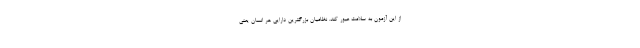
از این آزمون به سلامت عبور کند. نظامیان بزرگترین دارایی هر انسان یعنی